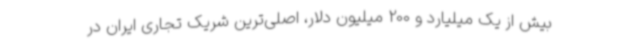
بیش از یک میلیارد و 200 میلیون دلار، اصلی‌ترین شریک تجاری ایران در